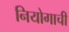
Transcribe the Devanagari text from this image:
नियोगाची